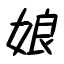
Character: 娘